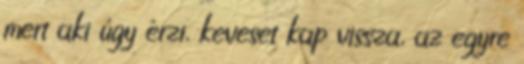
mert aki úgy érzi, keveset kap vissza, az egyre